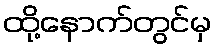
ထို့နောက်တွင်မှ